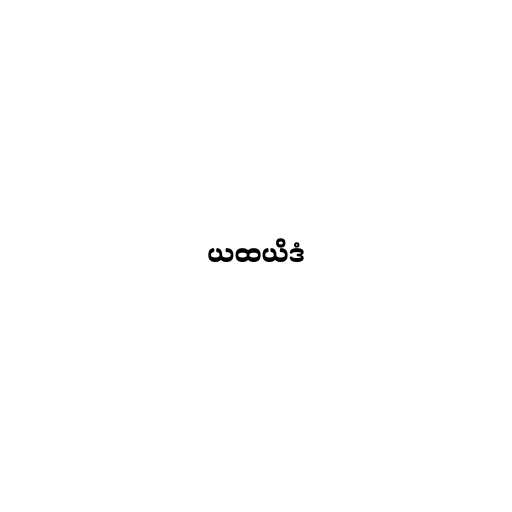
ယထယိဒံ